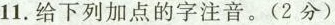
11.给下列加点的字注音。(2分)